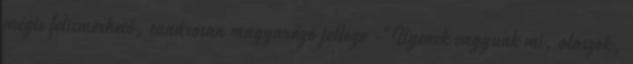
mégis felismerhető, tanárosan magyarázó jellege -"Ilyenek vagyunk mi, olaszok,